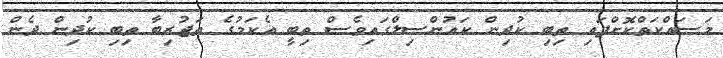
މަސައްކަތްކޮށްފައި ތިބި ކުދިން ކައުންސިލްގައިވެސް ތިބީ އެކަމުގެ ތަޖުރިބާ ތިބި ކުދިން ދެން